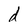
Character: d